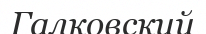
Галковский